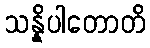
သန္နိပါတောတိ